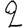
Digit: 2